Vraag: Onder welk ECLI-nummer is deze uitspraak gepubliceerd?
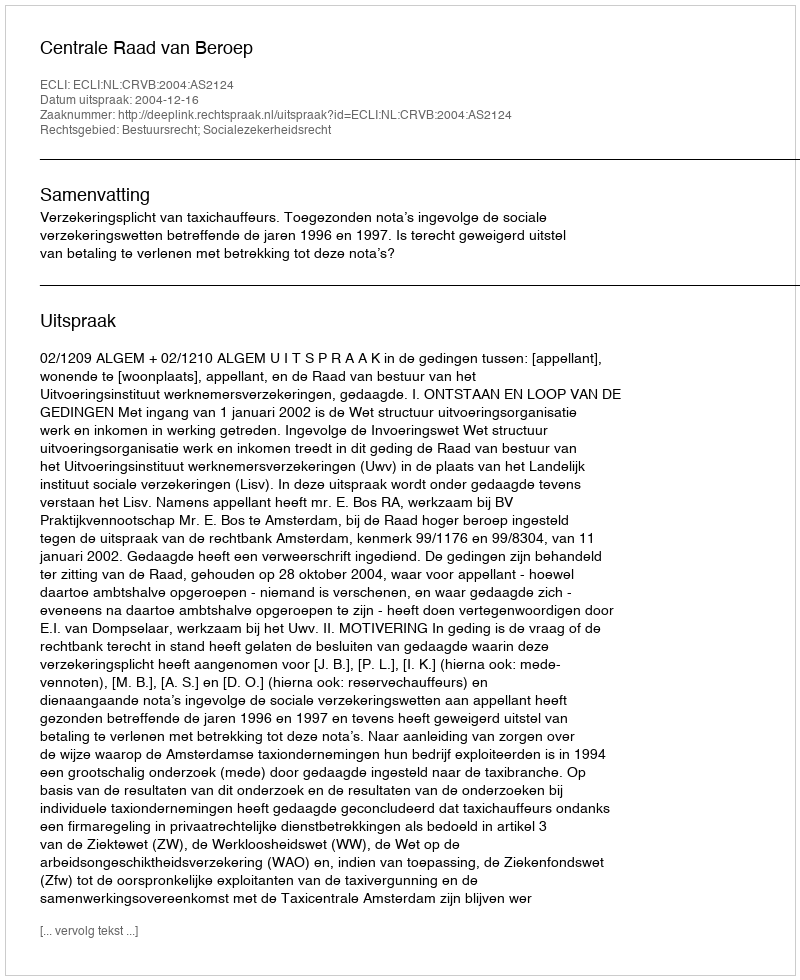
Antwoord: ECLI:NL:CRVB:2004:AS2124